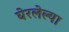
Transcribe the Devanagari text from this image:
घेरलेल्या